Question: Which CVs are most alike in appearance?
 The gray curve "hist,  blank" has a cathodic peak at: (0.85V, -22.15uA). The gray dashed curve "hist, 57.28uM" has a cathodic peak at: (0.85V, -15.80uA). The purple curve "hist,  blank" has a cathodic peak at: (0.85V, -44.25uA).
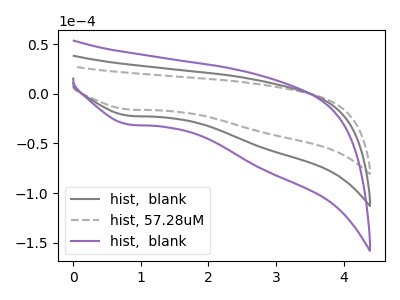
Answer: <think>All the peaks in "hist,  blank" have a peak in "hist, 57.28uM" at the same potential. Every peak in "hist,  blank" is higher than every peak in "hist, 57.28uM". All the peaks in "hist,  blank" have a peak in "hist,  blank" at the same potential. Every peak in "hist,  blank" is lower than every peak in "hist,  blank". All the peaks in "hist, 57.28uM" have a peak in "hist,  blank" at the same potential. Every peak in "hist, 57.28uM" is lower than every peak in "hist,  blank".
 </think>
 <answer>"hist, 57.28uM", "hist,  blank" and "hist,  blank" have the same shape and are likely CV's of the same chemical.</answer>
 <eval>"hist, 57.28uM" "hist,  blank" "hist,  blank"</eval>